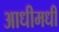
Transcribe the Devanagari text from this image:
आधीमधी